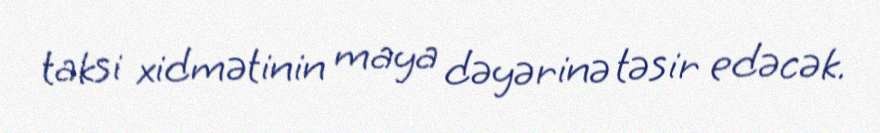
taksi xidmətinin maya dəyərinə təsir edəcək.